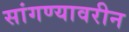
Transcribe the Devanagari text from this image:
सांगण्यावरीन